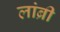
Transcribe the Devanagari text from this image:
लांब्री